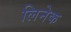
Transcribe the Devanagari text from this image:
लिनेक